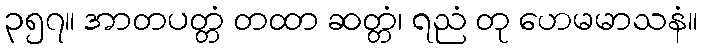
၃၅၇။ အာတပတ္တံ တထာ ဆတ္တံ၊ ရညံ တု ဟေမမာသနံ။